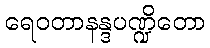
ရေဝတာနန္ဒပဏ္ဍိတော